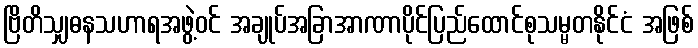
ဗြိတိသျှဓနသဟာရအဖွဲ့ဝင် အချုပ်အခြာအာဏာပိုင်ပြည်ထောင်စုသမ္မတနိုင်ငံ အဖြစ်